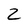
Character: 2